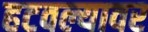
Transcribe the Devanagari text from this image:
हटवल्यावर